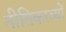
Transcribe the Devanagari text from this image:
नीतिकाव्यों